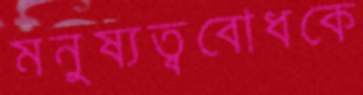
মনুষ্যত্ববোধকে